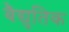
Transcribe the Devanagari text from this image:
बैद्युतिक